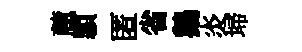
麓頴匿省鵝炎埽